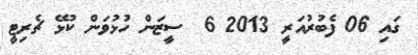
ގައި 06 ފެބުރުއަރީ 2013 6  ސީޒަން ހުޅުވަން ކުޅޭ ޗެރިޓީ